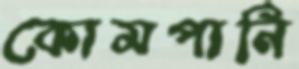
কোমপানি